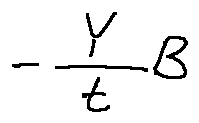
- \frac { Y } { t } B